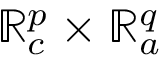
\mathbb { R } _ { c } ^ { p } \times \mathbb { R } _ { a } ^ { q }